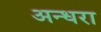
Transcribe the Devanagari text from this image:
अन्धरा